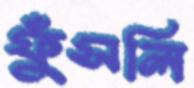
ফুঁসলি